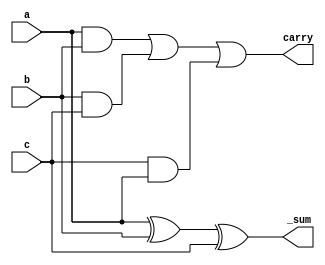
module fullAdder(a,b,c,_sum,carry);
    input a,b,c;
    output _sum,carry;
    assign _sum = a^b^c;
    assign carry = a&b|b&c|c&a;
endmodule

module driver;
    reg a,b,c;
    wire _sum,carry;
    fullAdder fa(a,b,c,_sum,carry);
    initial begin
        a=0; b=0; c=0;
        #10
        a=0; b=0; c=1;
        #10
        a=0; b=1; c=0; 
        #10
        a=0; b=1;c=1;
        #10
        a=1; b=0;c=0;
        #10
        a=1; b=0;c=1;
        #10
        a=1; b=1;c=0;
        #10
        a=1; b=1;c=1;
        #10
        $finish;
    end
    initial begin
        $dumpfile("fulladd.vcd");
        $dumpvars(0,driver);
        $display("a\tb\tc\tsum\tcarry");
        $monitor("%d\t%d\t%d\t%d\t%d",a,b,c,_sum,carry);
    end
endmodule